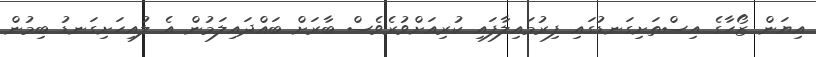
އިޔަން ޒޯހާގެ އިސްތަށިގަނޑުގައި ފިރުމައިލާފައި ކުރިއަށްވުރެވެސް ބާރަށް ބައްދައިލަމުން އެ ލުއިހަށިގަނޑު ބިމުން